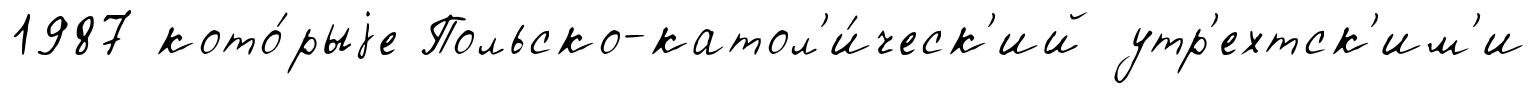
1987 кото́рыjе Польско-катол'и́ческ'ий утр'ехтск'им'и